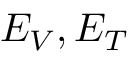
E _ { V } , E _ { T }